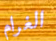
الغرام